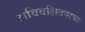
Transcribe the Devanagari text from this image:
अविवक्षितवाच्य